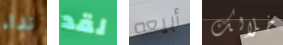
نداء لقد أبيعه خلالك